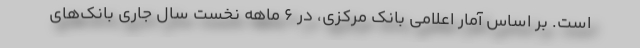
است. بر اساس آمار اعلامی بانک مرکزی، در 6 ماهه نخست سال جاری بانک‌های